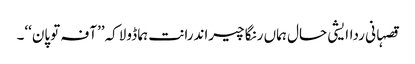
قصہانی رداایشی حال ہماں رنگا چیراندرانت ہما ڈولاکہ’’آفہ توپان‘‘۔